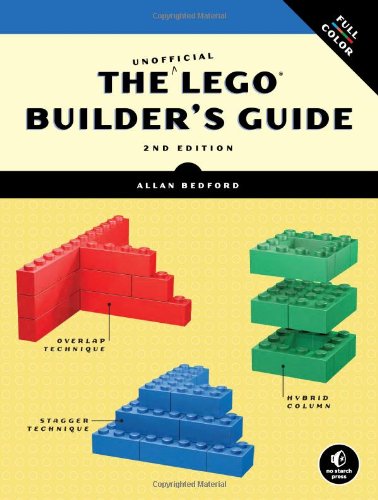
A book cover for The Unofficial LEGO Builder's Guide (Now in Color!); Allan Bedford; Crafts, Hobbies & Home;